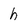
Character: h